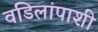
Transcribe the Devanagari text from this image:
वडिलांपाशी